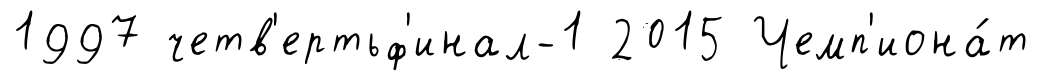
1997 четв'ертьф'инал-1 2015 Чемп'иона́т